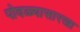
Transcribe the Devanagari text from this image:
पोवळ्यासारखा